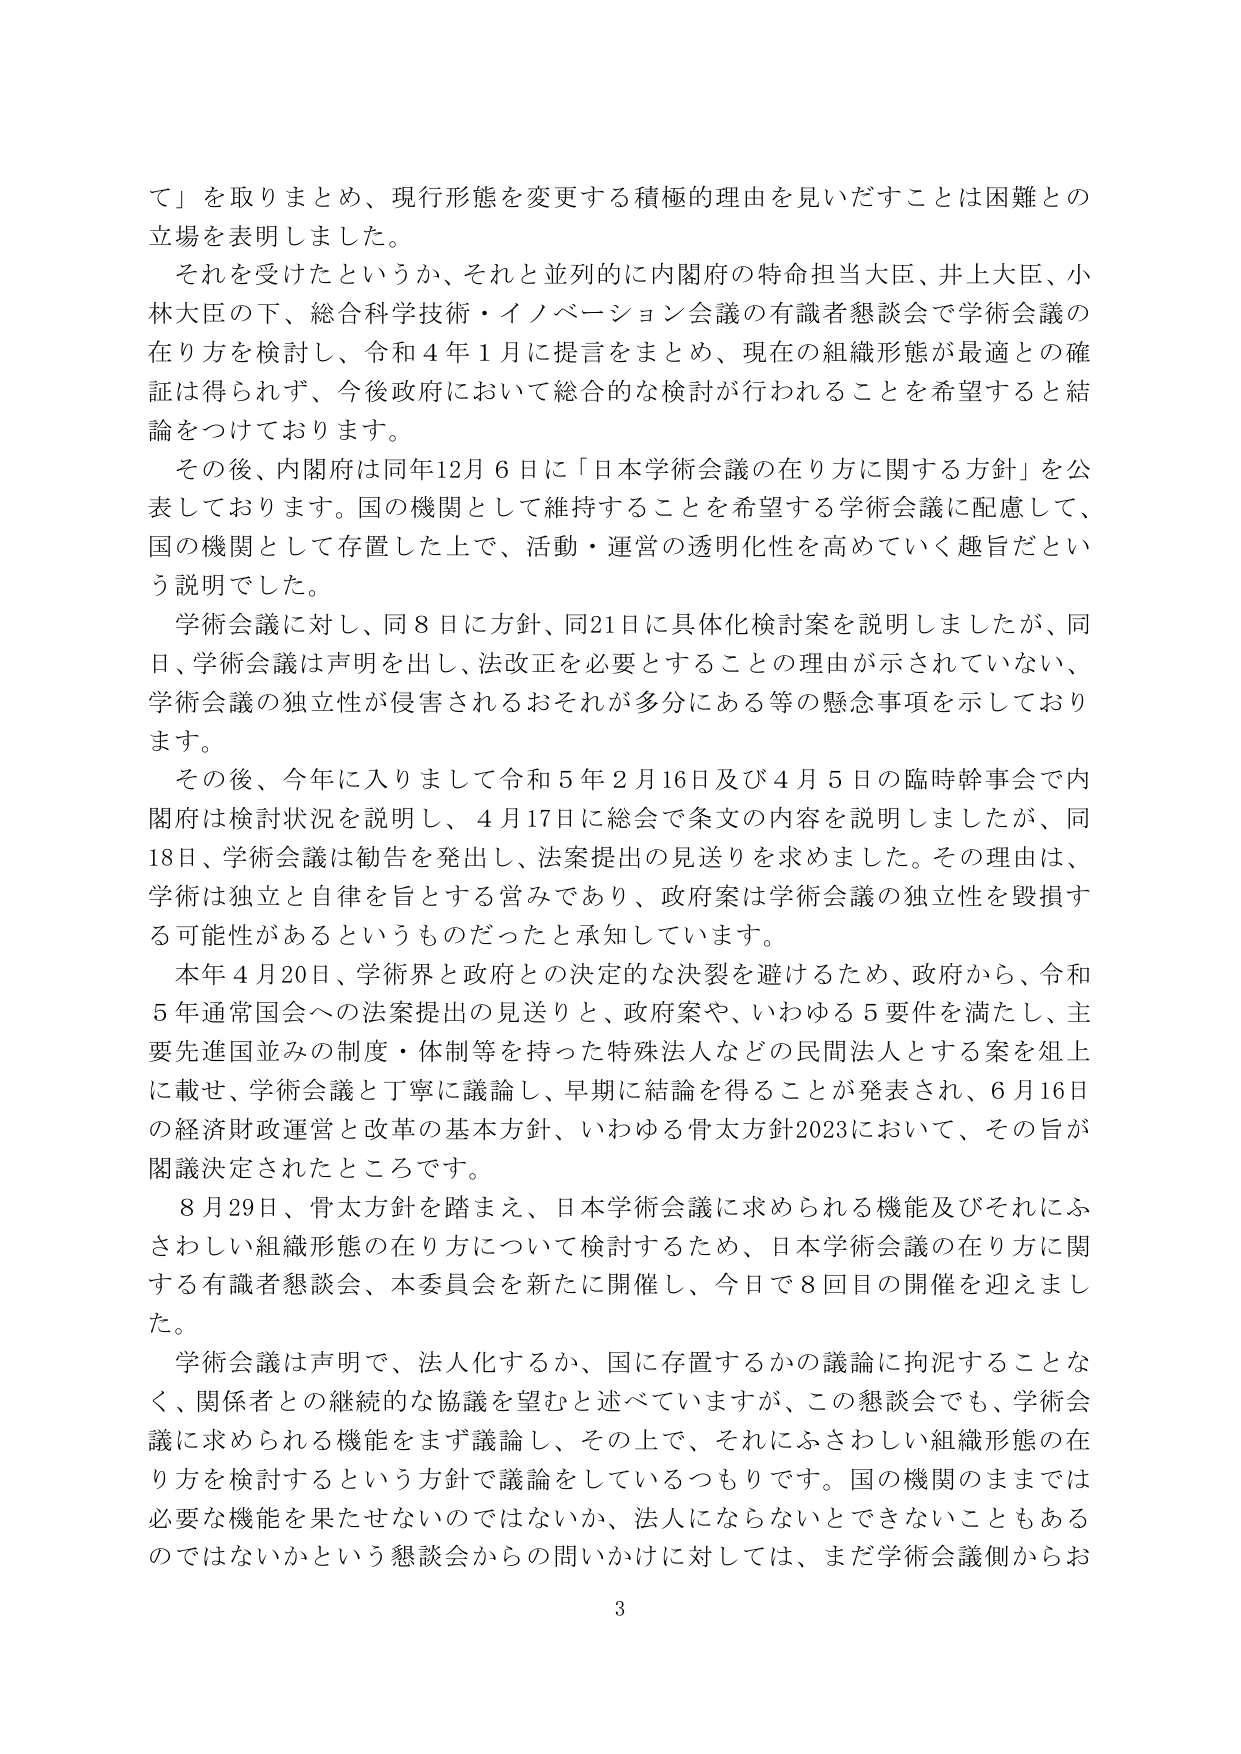
て」を取りまとめ、現行形態を変更する積極的理由を見いだすことは困難との立場を表明しました。

それを受けてたというか、それと並列的に内閣府の特命担当大臣、井上大臣、小林大臣の下、総合科学技術・イノベーション会議の有識者懇談会で学術会議の在り方を検討し、令和４年１月に提言をまとめ、現在の組織形態が最適との確証は得られず、今後政府において総合的な検討が行われることを希望すると結論をつけております。

その後、内閣府は同年12月6日に「日本学術会議の在り方に関する方針」を公表しております。国の機関として維持することを希望する学術会議に配慮して、国の機関として存置した上で、活動・運営の透明化性を高めていく趣旨だという説明でした。

学術会議に対し、同8日に方針、同21日に具体化検討案を説明しましたが、同日、学術会議は声明を出し、法改正を必要とすることの理由が示されていない、学術会議の独立性が侵害されるおそれが多分にある等の懸念事項を示しております。

その後、今年に入りまして令和5年2月16日及び4月5日の臨時幹事会で内閣府は検討状況を説明し、4月17日に総会で条文の内容を説明しましたが、同18日、学術会議は勧告を発出し、法案提出の見送りを求めました。その理由は、学術は独立と自律を旨とする営みであり、政府案は学術会議の独立性を毀損する可能性があるというものだったと承知しています。

本年4月20日、学術界と政府との決定的な決裂を避けるため、政府から、令和5年通常国会への法案提出の見送りと、政府案や、いわゆる5要件を満たし、主要先進国並みの制度・体制等を持った特殊法人などの民間法人とする案を俎上に載せ、学術会議と丁寧に議論し、早期に結論を得ることが発表され、6月16日の経済財政運営と改革の基本方針、いわゆる骨太方針2023において、その旨が閣議決定されたところです。

8月29日、骨太方針を踏まえ、日本学術会議に求められる機能及びそれにふさわしい組織形態の在り方について検討するため、日本学術会議の在り方に関する有識者懇談会、本委員会を新たに開催し、今日で8回目の開催を迎えました。

学術会議は声明で、法人化するか、国に存置するかの議論に拘泥することなく、関係者との継続的な協議を望むと述べていますが、この懇談会でも、学術会議に求められる機能をまず議論し、その上で、それにふさわしい組織形態の在り方を検討するという方針で議論をしているつもりです。国の機関のままでは必要な機能を果たせないのではないか、法人にならないとできないこともあるのではないかという懇談会からの問いかけに対しては、まだ学術会議側からお

3